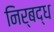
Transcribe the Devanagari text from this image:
निर्बद्ध